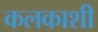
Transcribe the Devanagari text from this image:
कलकाशी